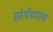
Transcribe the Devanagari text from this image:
संस्थेच्याच